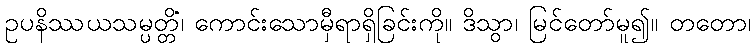
ဥပနိဿယသမ္ပတ္တိံ၊ ကောင်းသောမှီရာရှိခြင်းကို။ ဒိသွာ၊ မြင်တော်မူ၍။ တတော၊